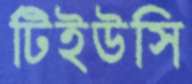
টিইউসি